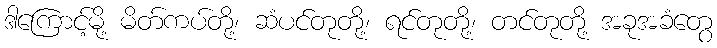
ဒါကြောင့်မို့ မိတ်ကပ်တို့၊ ဆံပင်တုတို့၊ ရင်တုတို့၊ တင်တုတို့ အခုအခံတွေ